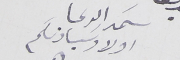
سَمد الدعا اولاد سَيادتكم